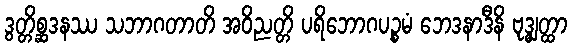
ဒွတ္တိစ္ဆဒနဿ သဘာဂတာတိ အဝိညတ္တိ ပရိဘောဂပဉ္စမံ ဘေဒနာဒီနိ ဗုဒ္ဓျတ္ထာ